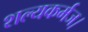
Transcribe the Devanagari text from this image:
शल्यकर्मज।